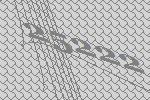
25222